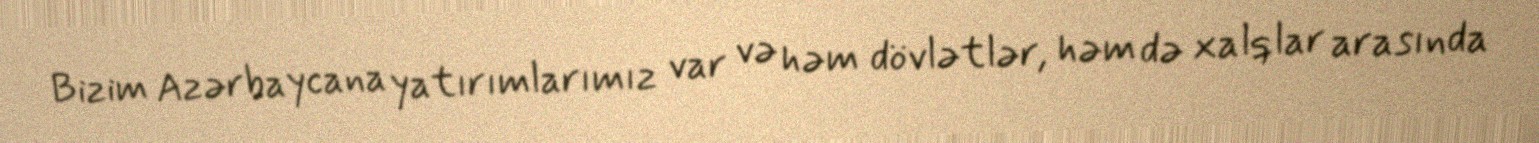
Bizim Azərbaycana yatırımlarımız var və həm dövlətlər, həm də xalqlar arasında